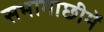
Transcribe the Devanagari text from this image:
सभागाछीमें